Document type: Sale
Year: 1439
Scribe: Arnau d'Illes
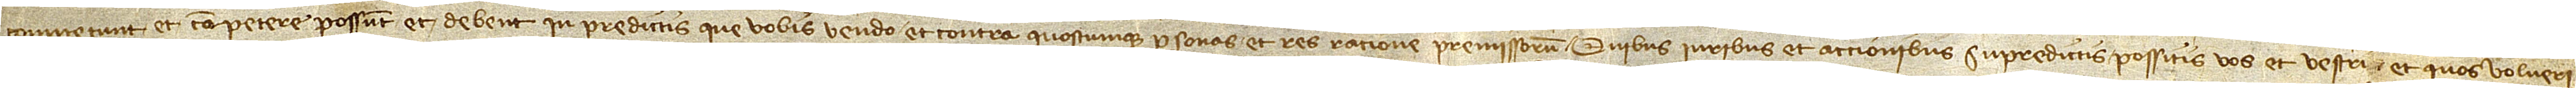
competunt et competere possunt et debent in predictis que vobis vendo et contra quascumque personas et res ratione premissorum. Quibus iuribus et accionibus supredictis possitis vos et vestri et quos volueri-